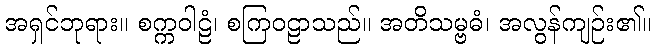
အရှင်ဘုရား။ စက္ကဝါဠံ၊ စကြဝဠာသည်။ အတိသမ္ဗဓံ၊ အလွန်ကျဉ်း၏။